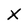
Character: X